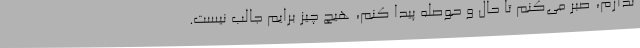
ندارم، صبر می‌کنم تا حال و حوصله پیدا کنم، هیچ چیز برایم جالب نیست.